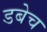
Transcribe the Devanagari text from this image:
डबेच